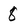
Character: 8